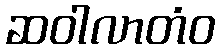
ဆဝါလာတံဝ